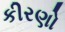
કીરણો